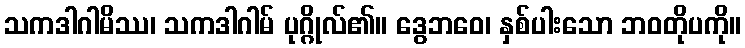
သကဒါဂါမိဿ၊ သကဒါဂါမ် ပုဂ္ဂိုလ်၏။ ဒွေဘဝေ၊ နှစ်ပါးသော ဘဝတိုပကို။